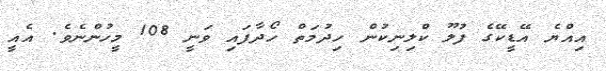
އިއްޔެ އޭޑީކޭގެ ފުލޫ ކްލިނިކުން ހިދުމަތް ހޯދާފައި ވަނީ 108 މީހުންނެވެ. އެއީ